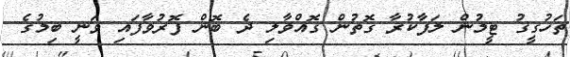
ތަހުގީގު ޓީމުން ލަފާކުރާ ގޮތުން ގޮއްވާލި ދެ ބޮން ފޮރުވާފައި ވަނީ ބިމުގެ